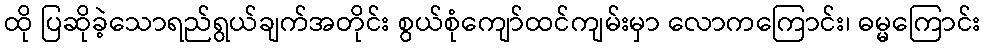
ထို ပြဆိုခဲ့သောရည်ရွယ်ချက်အတိုင်း စွယ်စုံကျော်ထင်ကျမ်းမှာ လောကကြောင်း၊ ဓမ္မကြောင်း